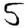
Digit: 5